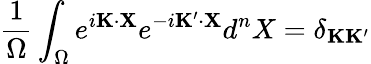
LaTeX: \frac{1}{\Omega}\int_{\Omega}e^{i{\mathbf K}\cdot{\mathbf X}}e^{-i{\mathbf K^{\prime}}\cdot{\mathbf X}}d^{n}X=\delta_{{\mathbf K}{\mathbf K}^{\prime}}